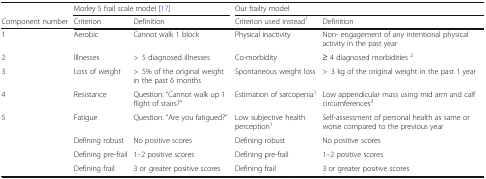
|  | <COLSPAN=2> Morley 5 frail scale model [17] | <COLSPAN=2> Our frailty model |
 | Component number | Criterion | Definition | Criterion used instead1 | Definition |
 | --- | --- | --- | --- | --- |
 | 1 | Aerobic | Cannot walk 1 block | Physical inactivity | Non- engagement of any intentional physical activity in the past year |
 | 2 | Illnesses | >5 diagnosed illnesses | Co-morbidity | ≥ 4 diagnosed morbidities 2 |
 | 3 | Loss of weight | >5% of the original weight in the past 6 months | Spontaneous weight loss | >3 kg of the original weight in the past 1 year |
 | 4 | Resistance | Question: “Cannot walk up 1 flight of stairs?” | Estimation of sarcopenia1 | Low appendicular mass using mid arm and calf circumferences3 |
 | 5 | Fatigue | Question: “Are you fatigued?” | Low subjective health perception1 | Self-assessment of personal health as same or worse compared to the previous year |
 | <ROWSPAN=3>  | Defining robust | No positive scores | Defining robust | No positive scores |
 | Defining pre-frail | 1–2 positive scores | Defining pre-frail | 1–2 positive scores |
 | Defining frail | 3 or greater positive scores | Defining frail | 3 or greater positive scores |